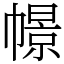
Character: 幜